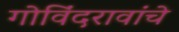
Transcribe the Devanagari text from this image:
गोविंदरावांचे